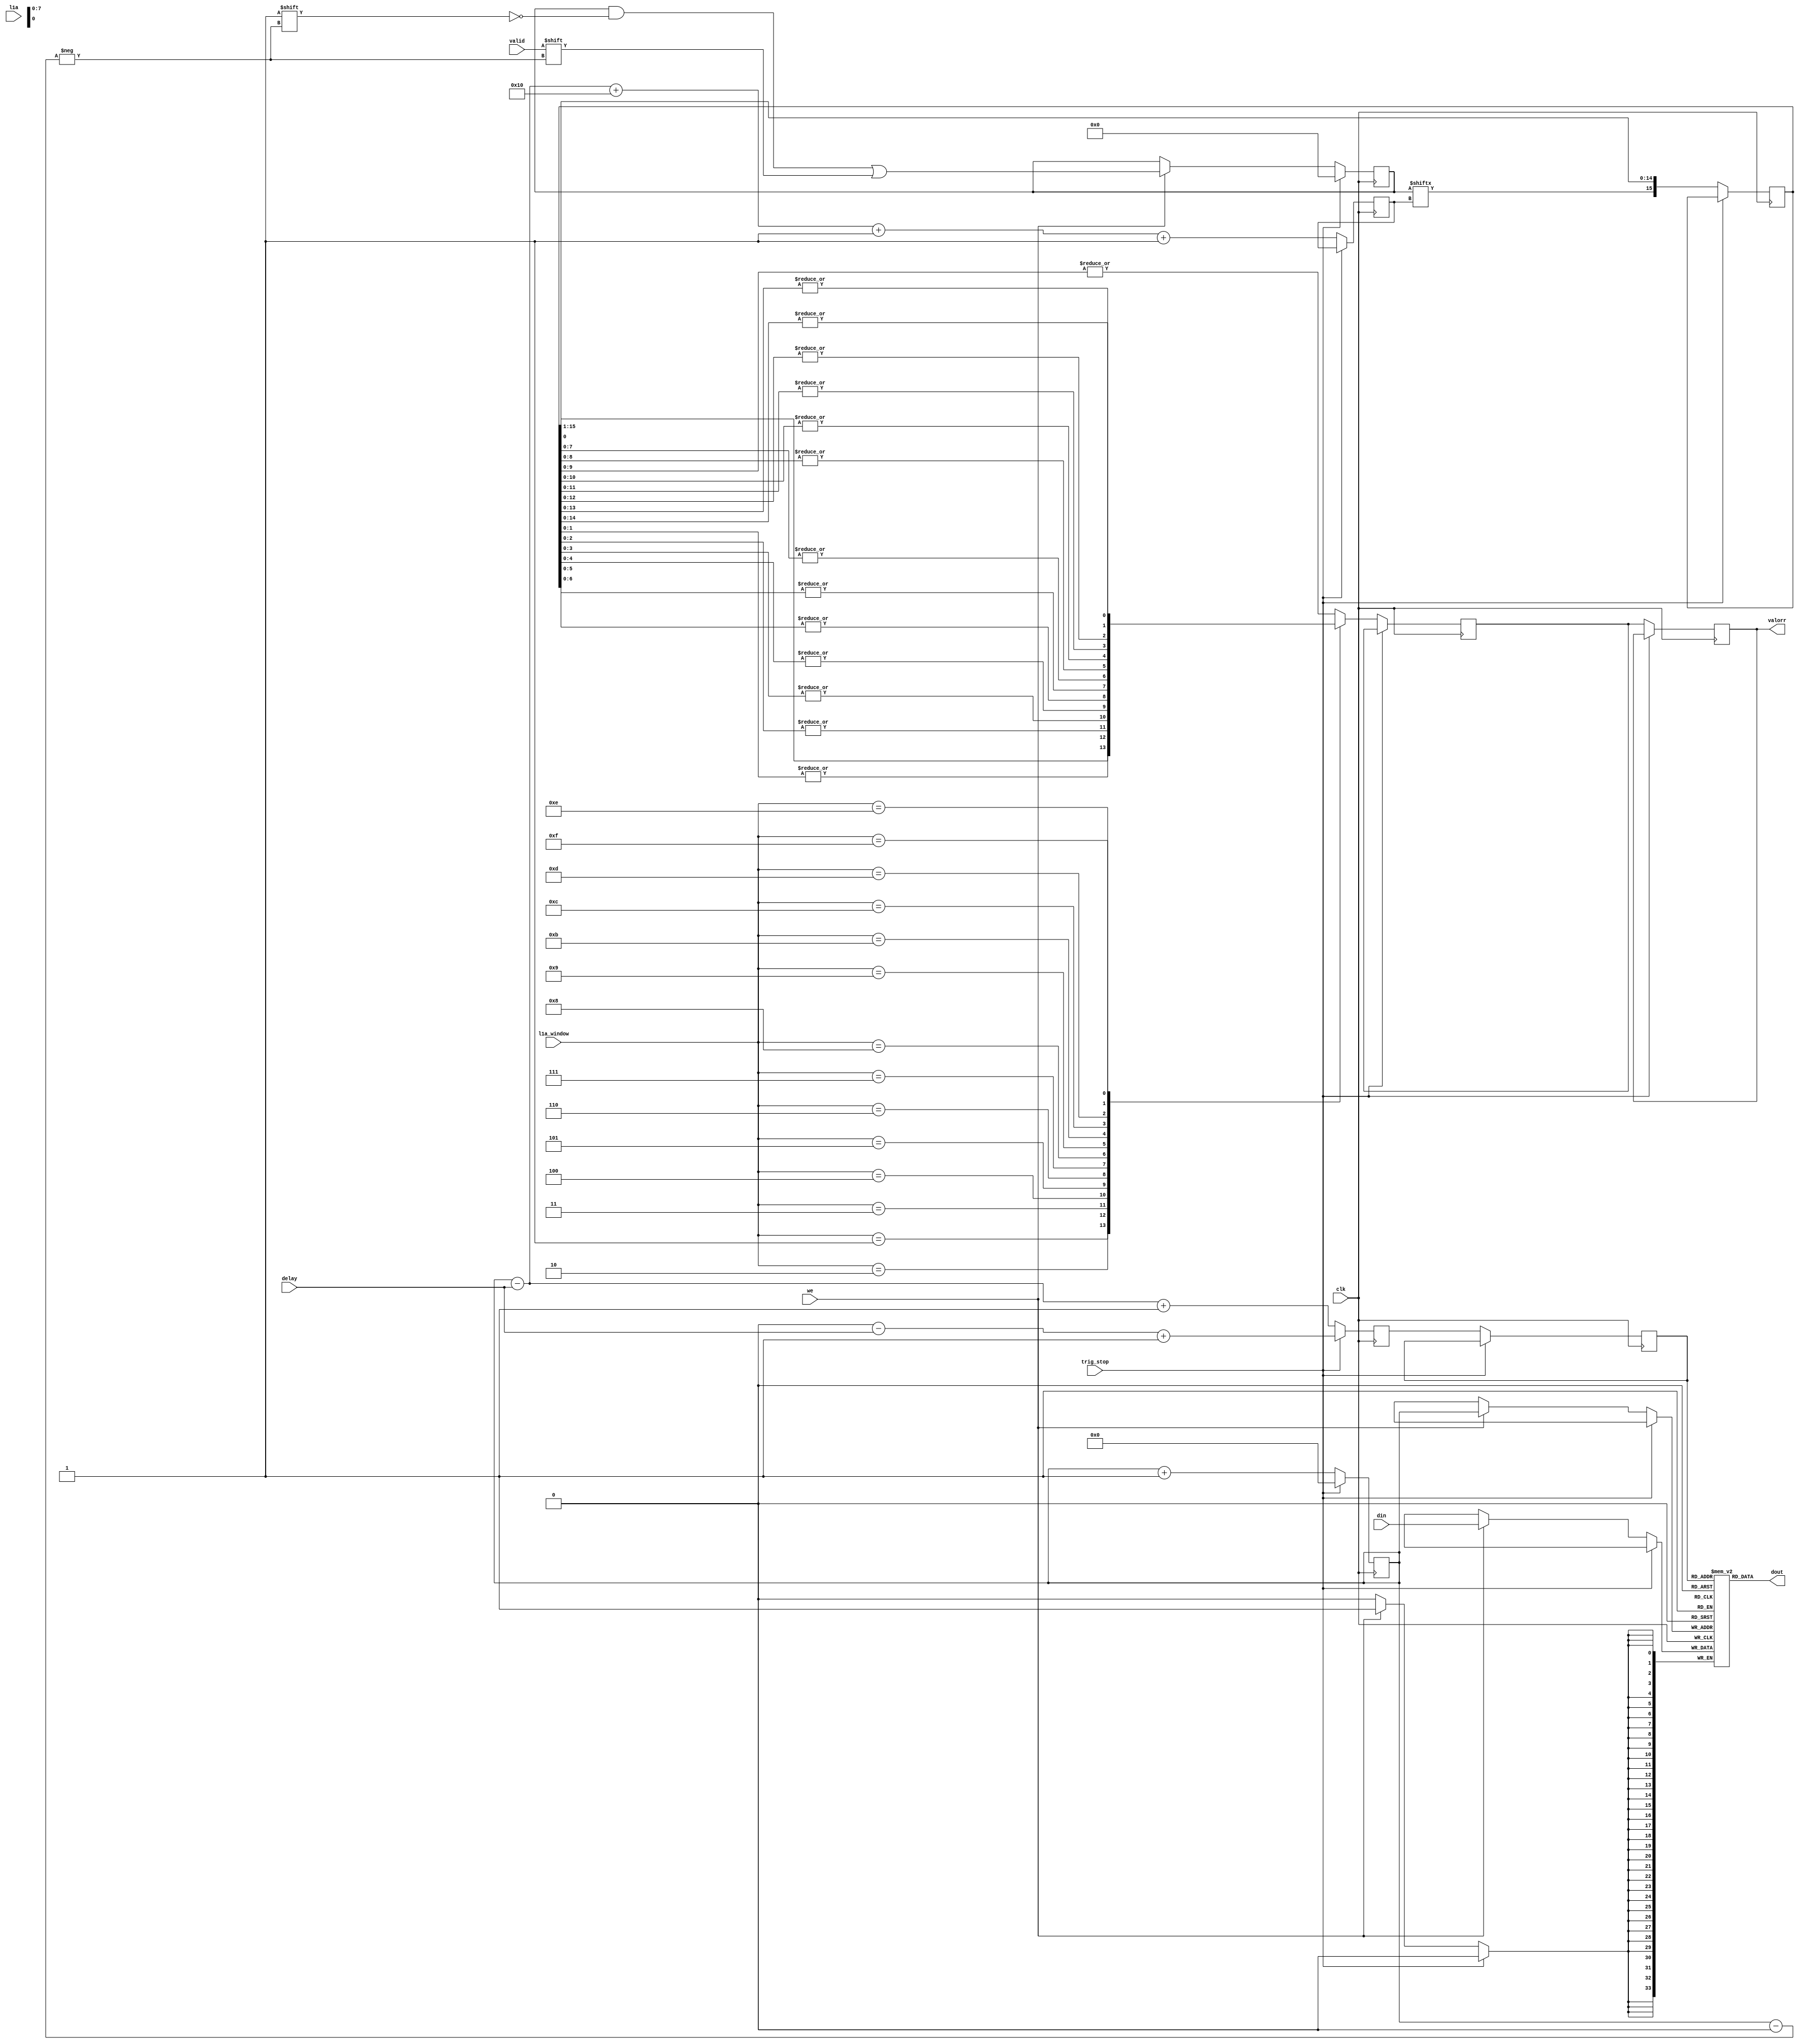
// This  Verilog HDL  source  file was  automatically generated
// by C++ model based on VPP library. Modification of this file
// is possible, but if you want to keep it in sync with the C++
// model,  please  modify  the model and re-generate this file.
// VPP library web-page: http://www.phys.ufl.edu/~madorsky/vpp/

// Timestamp : Mon Aug  6 09:12:57 2012

module best_delay
(
    din,
    dout,
    delay,
    we,
    l1a,
    l1a_window,
    valid,
    valorr,
    trig_stop,
    clk
);

    input [33:0] din;
    output [33:0] dout;
    input [7:0] delay;
    input we;
    input l1a;
    input [3:0] l1a_window;
    input valid;
    output valorr;
    reg    valorr;
    input trig_stop;
    input clk;

    reg [33:0] mem [255:0];
    // synthesis attribute ram_style of mem is block
    reg [255:0] val;
    // synthesis attribute ram_style of val is distributed
    reg [7:0] adw;
    reg [7:0] adr;
    reg [7:0] adrr;
    reg [7:0] advr;
    reg valout;
    reg [15:0] val_sh;
initial val = 0;
initial adw = 0;
initial adr = 0;
    reg valor;
    always @(posedge clk) 
    begin
        if (trig_stop) 
        begin
            val = 255'h0;
            adw = 0;
            adr = (adw - delay) + 1;
        end
        else 
        begin
            valorr = valor;
            if (we) mem[adw] = din;
            adrr = adr;
            adr = (adw - delay) + 1;
            valout = val[advr];
            if (we) val[adw] = valid;
            advr = (((adw - delay) + 16) + 1) + 1;
            adw = adw + 1;
            case (l1a_window)
                1 : 
                begin
                    valor = val_sh[0];
                end
                2 : 
                begin
                    valor = |val_sh[1:0];
                end
                3 : 
                begin
                    valor = |val_sh[2:0];
                end
                4 : 
                begin
                    valor = |val_sh[3:0];
                end
                5 : 
                begin
                    valor = |val_sh[4:0];
                end
                6 : 
                begin
                    valor = |val_sh[5:0];
                end
                7 : 
                begin
                    valor = |val_sh[6:0];
                end
                8 : 
                begin
                    valor = |val_sh[7:0];
                end
                9 : 
                begin
                    valor = |val_sh[8:0];
                end
                10 : 
                begin
                    valor = |val_sh[9:0];
                end
                11 : 
                begin
                    valor = |val_sh[10:0];
                end
                12 : 
                begin
                    valor = |val_sh[11:0];
                end
                13 : 
                begin
                    valor = |val_sh[12:0];
                end
                14 : 
                begin
                    valor = |val_sh[13:0];
                end
                15 : 
                begin
                    valor = |val_sh[14:0];
                end
                default : 
                begin
                    valor = |val_sh[9:0];
                end
            endcase
            val_sh = {valout, val_sh[15:1]};
        end
    end
    assign dout = mem[adrr];
endmodule